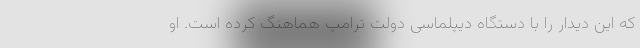
که این دیدار را با دستگاه دیپلماسی دولت ترامپ هماهنگ کرده است. او